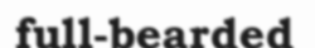
full-bearded